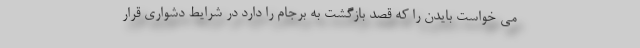
می خواست بایدن را که قصد بازگشت به برجام را دارد در شرایط دشواری قرار